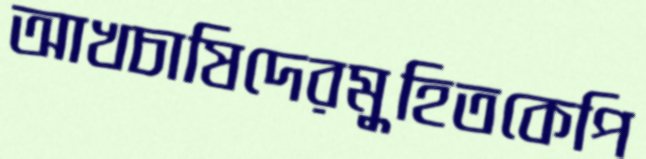
আখচাষিদেরমুহিতকেপি